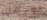
لوجهك